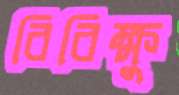
বিবিক্ষু